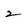
Character: 2